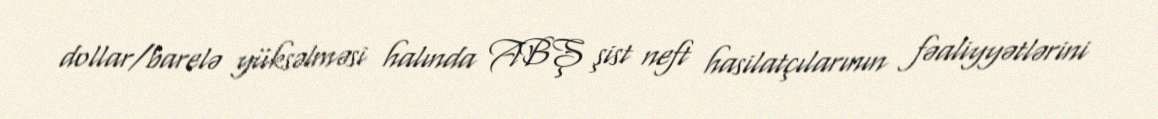
dollar/barelə yüksəlməsi halında ABŞ şist neft hasilatçılarının fəaliyyətlərini